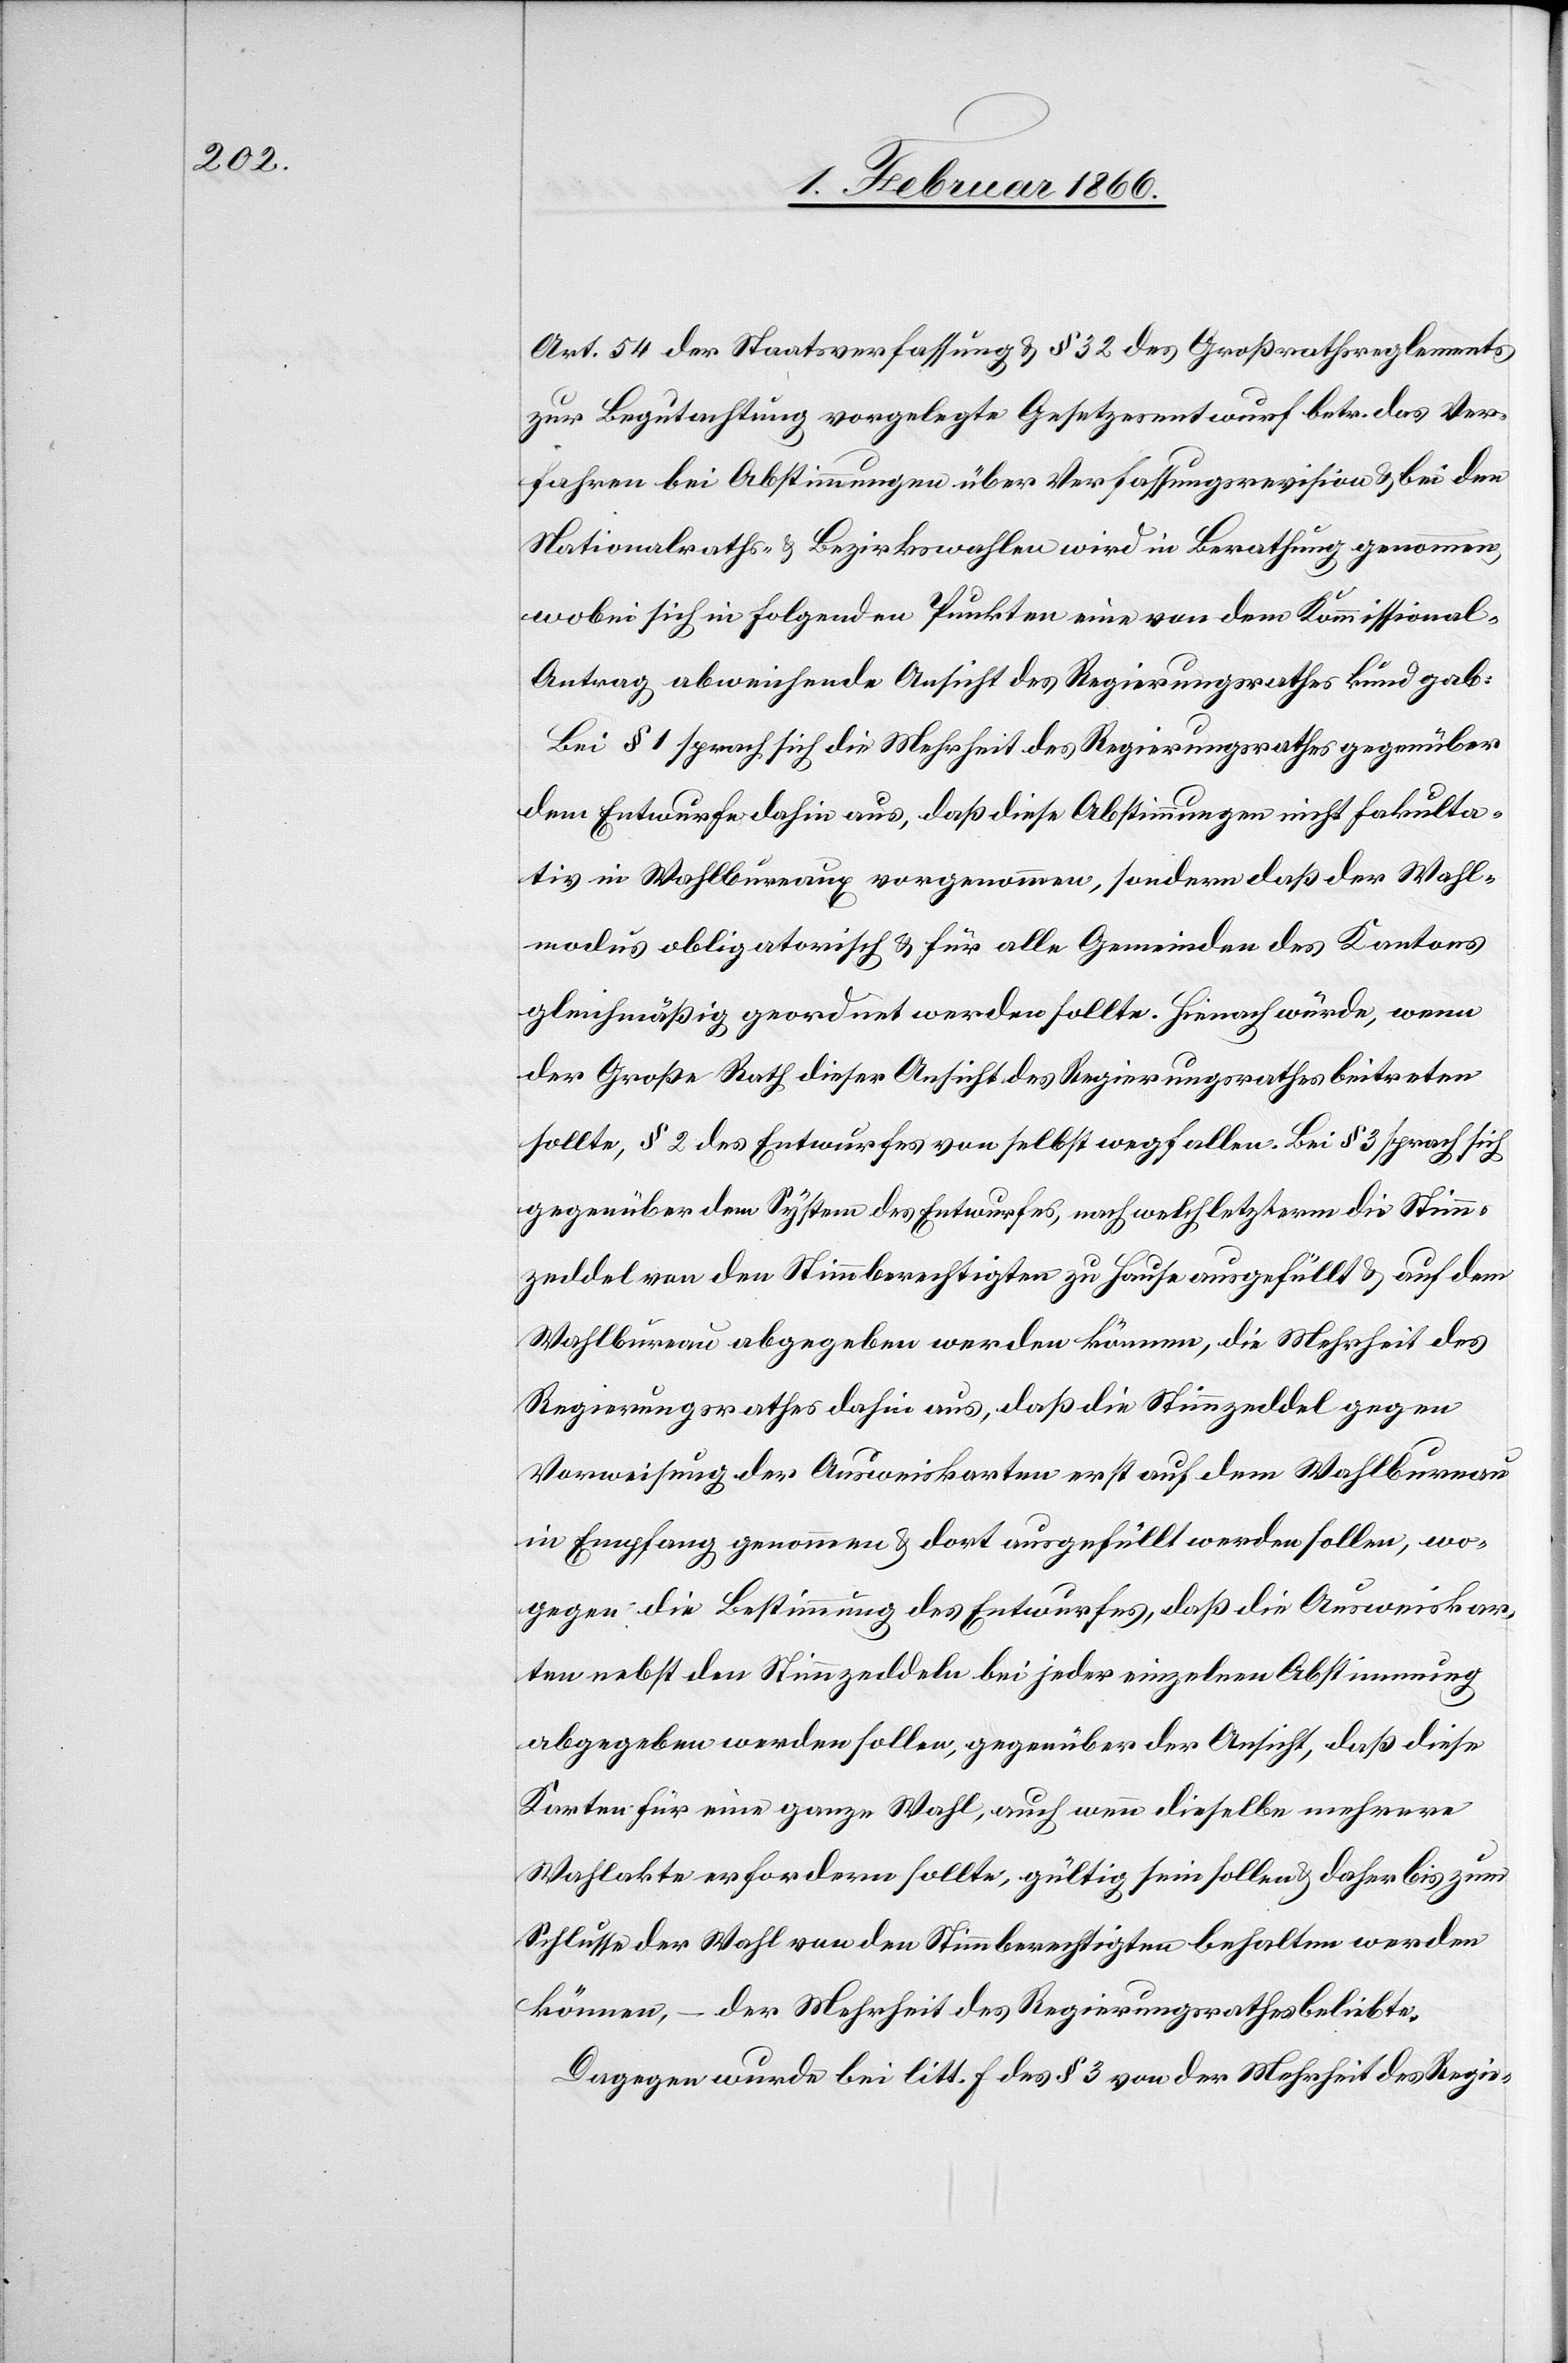
Art. 54 der Staatsverfassung u. § 32 des Großrathsreglements
zur Begutachtung vorgelegte Gesetzesentwurf betr. das Ver¬
fahren bei Abstimmungen über Verfassungsrevision u. bei den
Nationalraths- u. Bezirkswahlen wird in Berathung genommen,
wobei sich in folgenden Punkten eine von dem Kommissional-A¬
ntrag abweichende Ansicht des Regierungsrathes kund gab:
Bei § 1 sprach sich die Mehrheit des Regierungsrathes gegenüber
dem Entwurfe dahin aus, daß diese Abstimmungen nicht fakulta¬
tiv in Wahlbüreaus vorgenommen, sondern daß der Wahl¬
modus obligatorisch u. für alle Gemeinden des Kantons
gleichmäßig geordnet werden sollte. Hienach würde, wenn
der Große Rath dieser Ansicht des Regierungsrathes beitreten
sollte, § 2 des Entwurfes selbst wegfallen. Bei § 3 sprach sich
gegenüber dem System des Entwurfes, nach welch letzterm die Stimm¬
zeddel von den Stimmberechtigten zu Hause ausgefüllt u. auf dem
Wahlbüreau abgegeben werden können, die Mehrheit des
Regierungsrathes dahin aus, daß die Stimmzeddel gegen
Vorweisung der Ausweiskarten erst auf dem Wahlbüreau
in Empfang genommen u. dort ausgefüllt werden sollen, wo¬
gegen die Bestimmung des Entwurfes, daß die Ausweiskar¬
ten nebst den Stimmzeddeln bei jeder einzelnen Abstimmung
abgegeben werden sollen, gegenüber der Ansicht, daß diese
Karten für eine ganze Wahl, auch wenn dieselbe mehrere
Wahlakte erfordern sollte, gültig sein sollen u. daher bis zum
Schlusse der Wahl von den Stimmberechtigten behalten werden
können, – der Mehrheit des Regierungsrathes beliebte.
Dagegen wurde bei litt. f des § 3 von der Mehrheit des Regie-